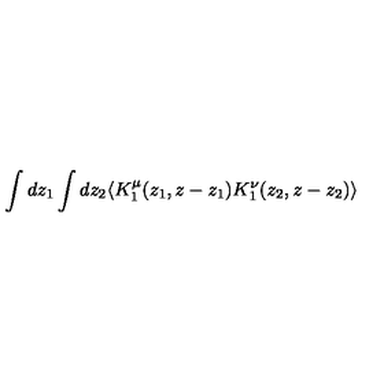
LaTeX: \int d z _ { 1 } \int d z _ { 2 } \langle K _ { 1 } ^ { \mu } ( z _ { 1 } , z - z _ { 1 } ) K _ { 1 } ^ { \nu } ( z _ { 2 } , z - z _ { 2 } ) \rangle